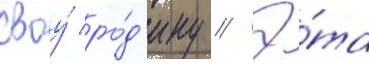
своу́ ро́д'ину // Э́та